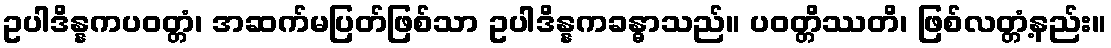
ဥပါဒိန္နကပဝတ္တံ၊ အဆက်မပြတ်ဖြစ်သာ ဥပါဒိန္နကခန္ဓာသည်။ ပဝတ္တိဿတိ၊ ဖြစ်လတ္တံ့နည်း။